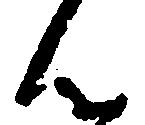
ん